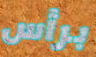
برأس